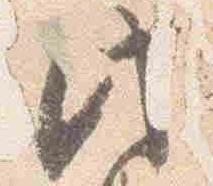
此